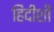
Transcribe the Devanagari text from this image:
हिंदीशी